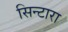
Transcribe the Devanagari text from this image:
सिन्टारा